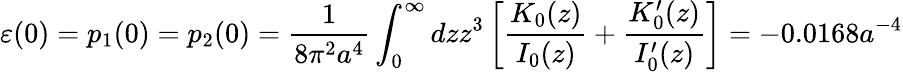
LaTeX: \varepsilon(0)=p_{1}(0)=p_{2}(0)=\frac{1}{8\pi^{2}a^{4}}\int_{0}^{\infty}{dzz^{3}\left[\frac{K_{0}(z)}{I_{0}(z)}+\frac{K_{0}^{\prime}(z)}{I_{0}^{\prime}(z)}\right]}=-0.0168a^{-4}